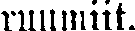
ruumiit.